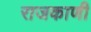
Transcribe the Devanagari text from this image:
राजकाणी